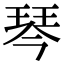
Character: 琴